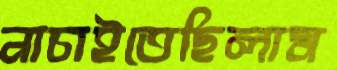
নাচাইতেছিলাম